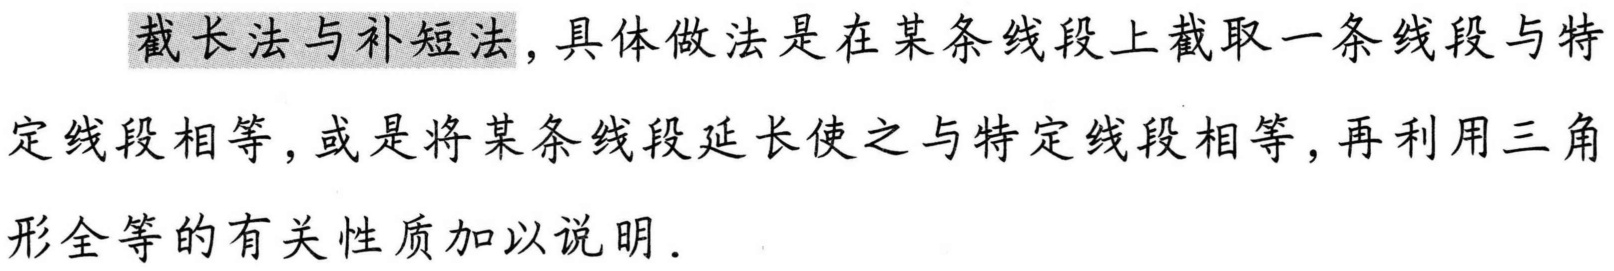
截长法与补短法，具体做法是在某条线段上截取一条线段与特定线段相等，或是将某条线段延长使之与特定线段相等，再利用三角形全等的有关性质加以说明.